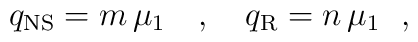
q_{\rm NS} = m\,\mu_1~~~,~~~q_{\rm R}= n\,\mu_1~~,